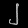
Digit: ၂